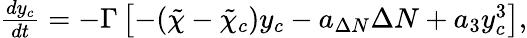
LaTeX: \begin{array}{r}{\frac{dy_{c}}{dt}=-\Gamma\left[-(\tilde{\chi}-\tilde{\chi}_{c})y_{c}-a_{\Delta N}\Delta N+a_{3}y_{c}^{3}\right],}\end{array}